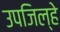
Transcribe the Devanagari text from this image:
उपजिल्हे